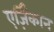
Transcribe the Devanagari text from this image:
एर्ज़िंकान